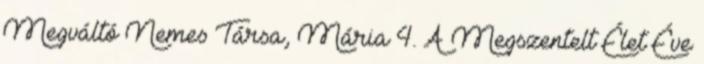
Megváltó Nemes Társa, Mária 4. A Megszentelt Élet Éve